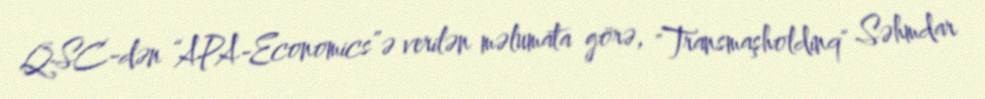
QSC-dən “APA-Economics”ə verilən məlumata görə, "Transmaşholdinq" Səhmdar